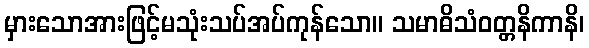
မှားသောအားဖြင့်မသုံးသပ်အပ်ကုန်သော။ သမာဓိသံဝတ္တနိကာနိ၊